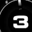
Digit: 3